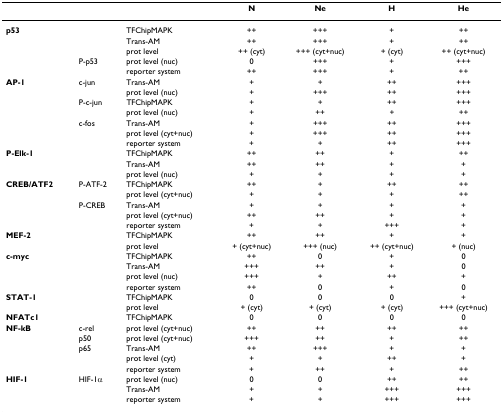
|  |  |  | N | Ne | H | He |
 | --- | --- | --- | --- | --- | --- | --- |
 | p53 |  | TFChipMAPK | ++ | +++ | + | ++ |
 |  |  | Trans-AM | ++ | +++ | + | ++ |
 |  |  | prot level | ++ (cyt) | +++ (cyt+nuc) | + (cyt) | ++ (cyt+nuc) |
 |  | P-p53 | prot level (nuc) | 0 | +++ | + | +++ |
 |  |  | reporter system | ++ | +++ | + | ++ |
 | AP-1 | c-jun | Trans-AM | + | + | ++ | +++ |
 |  |  | prot level (nuc) | + | +++ | ++ | +++ |
 |  | P-c-jun | TFChipMAPK | + | + | ++ | +++ |
 |  |  | prot level (nuc) | + | ++ | + | ++ |
 |  | c-fos | Trans-AM | + | +++ | ++ | +++ |
 |  |  | prot level (cyt+nuc) | + | +++ | ++ | +++ |
 |  |  | reporter system | + | + | ++ | +++ |
 | P-Elk-1 |  | TFChipMAPK | ++ | ++ | + | ++ |
 |  |  | Trans-AM | ++ | ++ | + | + |
 |  |  | prot level (nuc) | + | + | + | + |
 | CREB/ATF2 | P-ATF-2 | TFChipMAPK | ++ | + | ++ | ++ |
 |  |  | prot level (cyt+nuc) | + | + | + | ++ |
 |  | P-CREB | Trans-AM | + | + | + | + |
 |  |  | prot level (cyt+nuc) | ++ | ++ | + | + |
 |  |  | reporter system | + | + | +++ | + |
 | MEF-2 |  | TFChipMAPK | ++ | ++ | + | + |
 |  |  | prot level | + (cyt+nuc) | +++ (nuc) | ++ (cyt+nuc) | + (nuc) |
 | c-myc |  | TFChipMAPK | ++ | 0 | + | 0 |
 |  |  | Trans-AM | +++ | ++ | + | 0 |
 |  |  | prot level (nuc) | +++ | + | ++ | + |
 |  |  | reporter system | ++ | 0 | + | 0 |
 | STAT-1 |  | TFChipMAPK | 0 | 0 | 0 | + |
 |  |  | prot level | + (cyt) | + (cyt) | + (cyt) | +++ (cyt+nuc) |
 | NFATc1 |  | TFChipMAPK | 0 | 0 | 0 | 0 |
 | NF-kB | c-rel | prot level (cyt+nuc) | ++ | ++ | ++ | ++ |
 |  | p50 | prot level (cyt+nuc) | +++ | ++ | + | ++ |
 |  | p65 | Trans-AM | ++ | +++ | + | + |
 |  |  | prot level (cyt) | + | + | ++ | + |
 |  |  | reporter system | + | ++ | + | ++ |
 | HIF-1 | HIF-1α | prot level (nuc) | 0 | 0 | ++ | ++ |
 |  |  | Trans-AM | + | + | +++ | +++ |
 |  |  | reporter system | + | + | +++ | +++ |